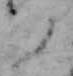
と